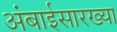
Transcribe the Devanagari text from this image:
अंबाईसारख्या